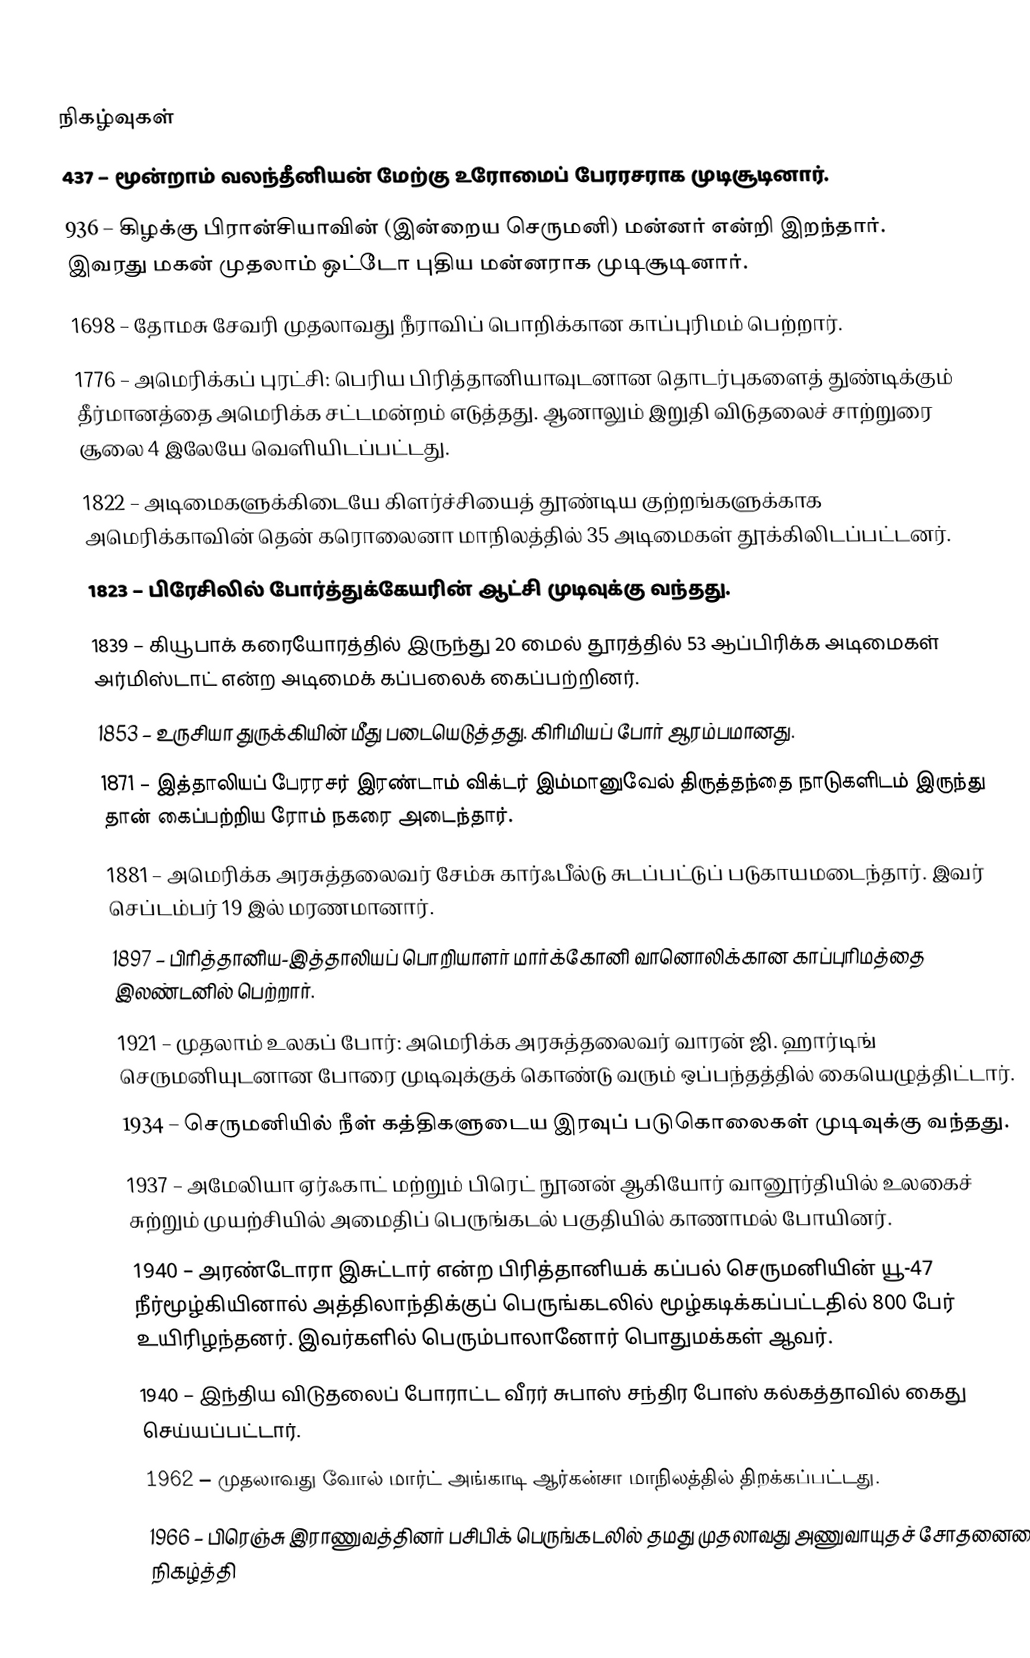

நிகழ்வுகள்
 437 – மூன்றாம் வலந்தீனியன் மேற்கு உரோமைப் பேரரசராக முடிசூடினார்.
 936 – கிழக்கு பிரான்சியாவின் (இன்றைய செருமனி) மன்னர் என்றி இறந்தார். இவரது மகன் முதலாம் ஒட்டோ புதிய மன்னராக முடிசூடினார்.
1698 – தோமசு சேவரி முதலாவது நீராவிப் பொறிக்கான காப்புரிமம் பெற்றார்.
1776 – அமெரிக்கப் புரட்சி: பெரிய பிரித்தானியாவுடனான தொடர்புகளைத் துண்டிக்கும் தீர்மானத்தை அமெரிக்க சட்டமன்றம் எடுத்தது. ஆனாலும் இறுதி விடுதலைச் சாற்றுரை சூலை 4 இலேயே வெளியிடப்பட்டது.
1822 – அடிமைகளுக்கிடையே கிளர்ச்சியைத் தூண்டிய குற்றங்களுக்காக அமெரிக்காவின் தென் கரொலைனா மாநிலத்தில் 35 அடிமைகள் தூக்கிலிடப்பட்டனர்.
1823 – பிரேசிலில் போர்த்துக்கேயரின் ஆட்சி முடிவுக்கு வந்தது.
1839 – கியூபாக் கரையோரத்தில் இருந்து 20 மைல் தூரத்தில் 53 ஆப்பிரிக்க அடிமைகள் அர்மிஸ்டாட் என்ற அடிமைக் கப்பலைக் கைப்பற்றினர்.
1853 – உருசியா துருக்கியின் மீது படையெடுத்தது. கிரிமியப் போர் ஆரம்பமானது.
1871 – இத்தாலியப் பேரரசர் இரண்டாம் விக்டர் இம்மானுவேல் திருத்தந்தை நாடுகளிடம் இருந்து தான் கைப்பற்றிய ரோம் நகரை அடைந்தார்.
1881 – அமெரிக்க அரசுத்தலைவர் சேம்சு கார்ஃபீல்டு சுடப்பட்டுப் படுகாயமடைந்தார். இவர் செப்டம்பர் 19 இல் மரணமானார்.
1897 – பிரித்தானிய-இத்தாலியப் பொறியாளர் மார்க்கோனி வானொலிக்கான காப்புரிமத்தை இலண்டனில் பெற்றார்.
1921 – முதலாம் உலகப் போர்: அமெரிக்க அரசுத்தலைவர் வாரன் ஜி. ஹார்டிங் செருமனியுடனான போரை முடிவுக்குக் கொண்டு வரும் ஒப்பந்தத்தில் கையெழுத்திட்டார்.
1934 – செருமனியில் நீள் கத்திகளுடைய இரவுப் படுகொலைகள் முடிவுக்கு வந்தது.
1937 – அமேலியா ஏர்ஃகாட் மற்றும் பிரெட் நூனன் ஆகியோர் வானூர்தியில் உலகைச் சுற்றும் முயற்சியில் அமைதிப் பெருங்கடல் பகுதியில் காணாமல் போயினர்.
1940 – அரண்டோரா இசுட்டார் என்ற பிரித்தானியக் கப்பல் செருமனியின் யூ-47 நீர்மூழ்கியினால் அத்திலாந்திக்குப் பெருங்கடலில் மூழ்கடிக்கப்பட்டதில் 800 பேர் உயிரிழந்தனர். இவர்களில் பெரும்பாலானோர் பொதுமக்கள் ஆவர்.
1940 – இந்திய விடுதலைப் போராட்ட வீரர் சுபாஸ் சந்திர போஸ் கல்கத்தாவில் கைது செய்யப்பட்டார்.
1962 – முதலாவது வோல் மார்ட் அங்காடி ஆர்கன்சா மாநிலத்தில் திறக்கப்பட்டது.
1966 – பிரெஞ்சு இராணுவத்தினர் பசிபிக் பெருங்கடலில் தமது முதலாவது அணுவாயுதச் சோதனையை நிகழ்த்தி